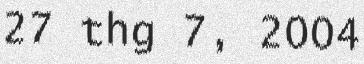
27 thg 7, 2004